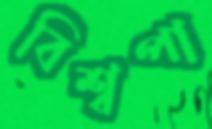
বিশ্বপা